Lunatic asylums Burma 1907-21 - 1907-1921
Year: 1907
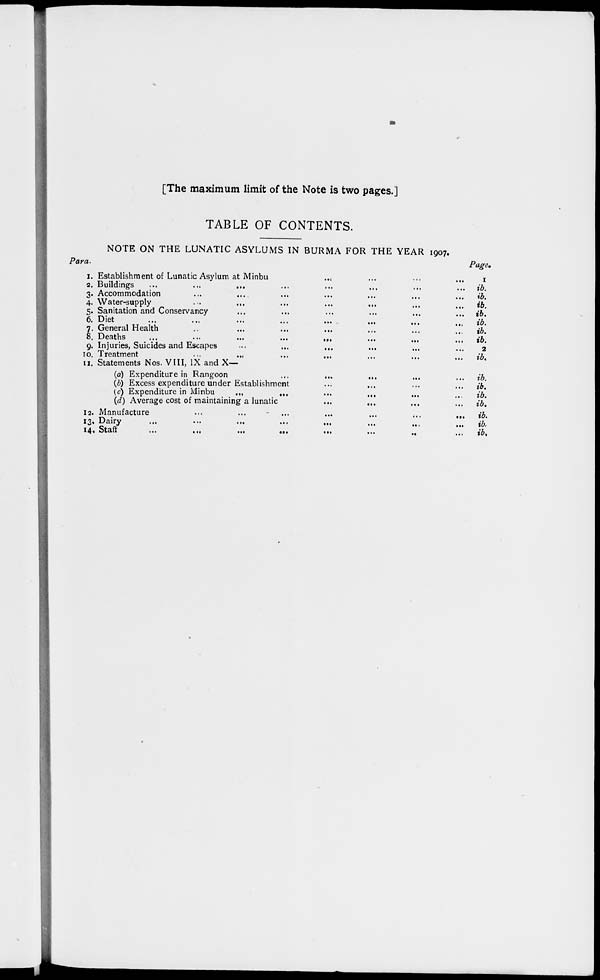
[The maximum limit of the Note is two pages.]
TABLE OF CONTENTS.
NOTE ON THE LUNATIC ASYLUMS IN BURMA FOR THE YEAR 1907.
Para.
1.
2.
3.
4.
5.
6.
7.
8.
9.
10.
11.
12.
13.
14.
Establishment of Lunatic Asylum at Minbu ...
... ... ...
Buildings
...
...
... ... ... ... ... ...
Accommodation ... ... ... ... ... ... ...
Water-supply ... ... ... ... ... ... ...
Sanitation and Conservancy ... ... ... ... ... ...
Diet ... ... ... ... ... ... ... ...
General Health ... ... ... ... ... ... ... ...
Deaths
...
...
...
...
...
...
...
...
Injuries, Suicides and Escapes
...
...
... ... ... ... ...
Treatment
...
...
...
...
...
... ... ...
Statements Nos. VIII, IX and X—
(a) Expenditure in Rangoon
...
...
... ... ...
(b) Excess expenditure under Establishment ... ... ... ...
(c) Expenditure in Minbu
...
... ... ... ...
(d) Average cost of maintaining a lunatic
...
... ... ...
Manufacture
...
...
...
...
...
...
...
Dairy
...
...
...
...
...
Staff
...
...
...
...
...
...
...
...
Page.
1
ib.
ib.
ib.
ib.
ib.
ib.
ib.
2
ib.
ib.
ib.
ib.
ib.
ib.
ib.
ib.